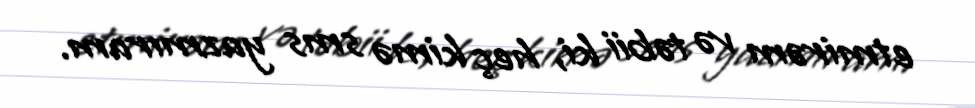
etmirəm və təbii ki, heç kimə sms yazmıram.